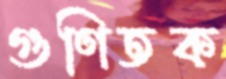
গুণিতক